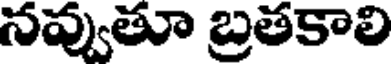
నవ్వుతూ బ్రతకాలి